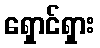
ရှောင်ရှား